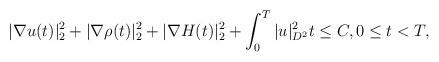
LaTeX: \begin{align*}|\nabla u(t)|^2_{ 2}+|\nabla \rho(t)|^2_{ 2}+|\nabla H(t)|^2_2+\int_0^T| u|^2_{D^2}t\leq C,0\leq t< T,\end{align*}